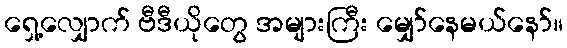
ရှေ့လျှောက် ဗီဒီယိုတွေ အများကြီး မျှော်နေမယ်နော်။